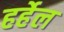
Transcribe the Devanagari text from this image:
हर्हेल